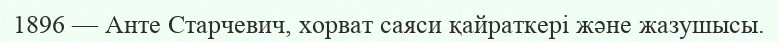
1896 — Анте Старчевич, хорват саяси қайраткері және жазушысы.